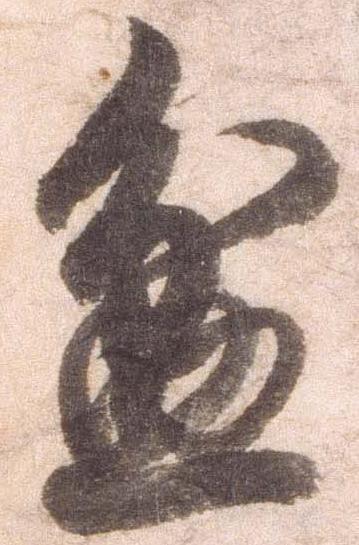
盆